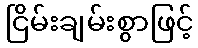
ငြိမ်းချမ်းစွာဖြင့်